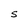
Character: S